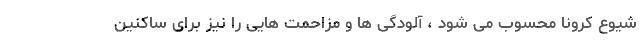
شیوع کرونا محسوب می شود ، آلودگی ها و مزاحمت هایی را نیز برای ساکنین